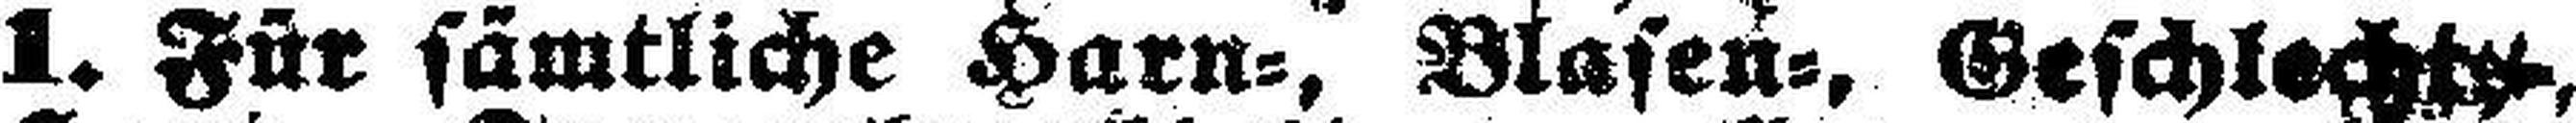
1. Für sämtliche Harn=, Blasen=, Geschlecht###,